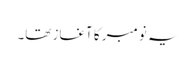
یہ نومبر کا آغاز تھا۔